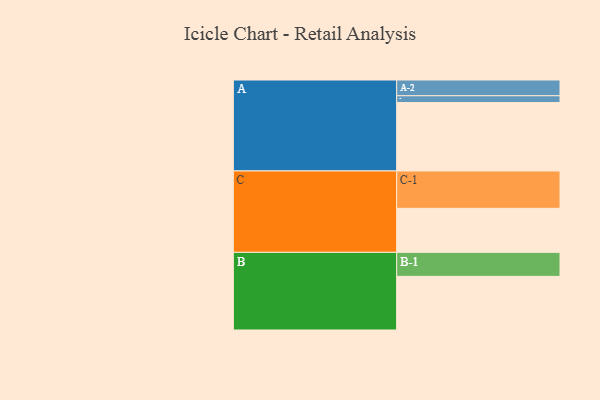
{"axis": {"x": "Segment", "y": "Value"}, "legend": ["", "A", "B", "C"], "data": [{"x": "A", "y": 513, "type": ""}, {"x": "B", "y": 402, "type": ""}, {"x": "C", "y": 330, "type": ""}, {"x": "A-1", "y": 51, "type": "A"}, {"x": "A-2", "y": 118, "type": "A"}, {"x": "B-1", "y": 180, "type": "B"}, {"x": "C-1", "y": 280, "type": "C"}]}